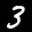
Label: 3